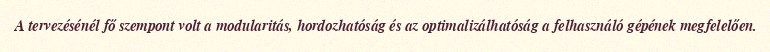
A tervezésénél fő szempont volt a modularitás, hordozhatóság és az optimalizálhatóság a felhasználó gépének megfelelően.